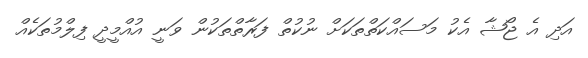
އަދި އެ ޖޯޝާ އެކު މަސައްކަތްތަކަށް ނުކުތް ފަރާތްތަކުން ވަނީ އުއްމީދީ ފިލްމުތަކެއް